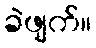
ခဲဖျက်။